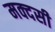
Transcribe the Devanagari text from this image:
मक्दसी